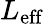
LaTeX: L_{\mathrm{eff}}